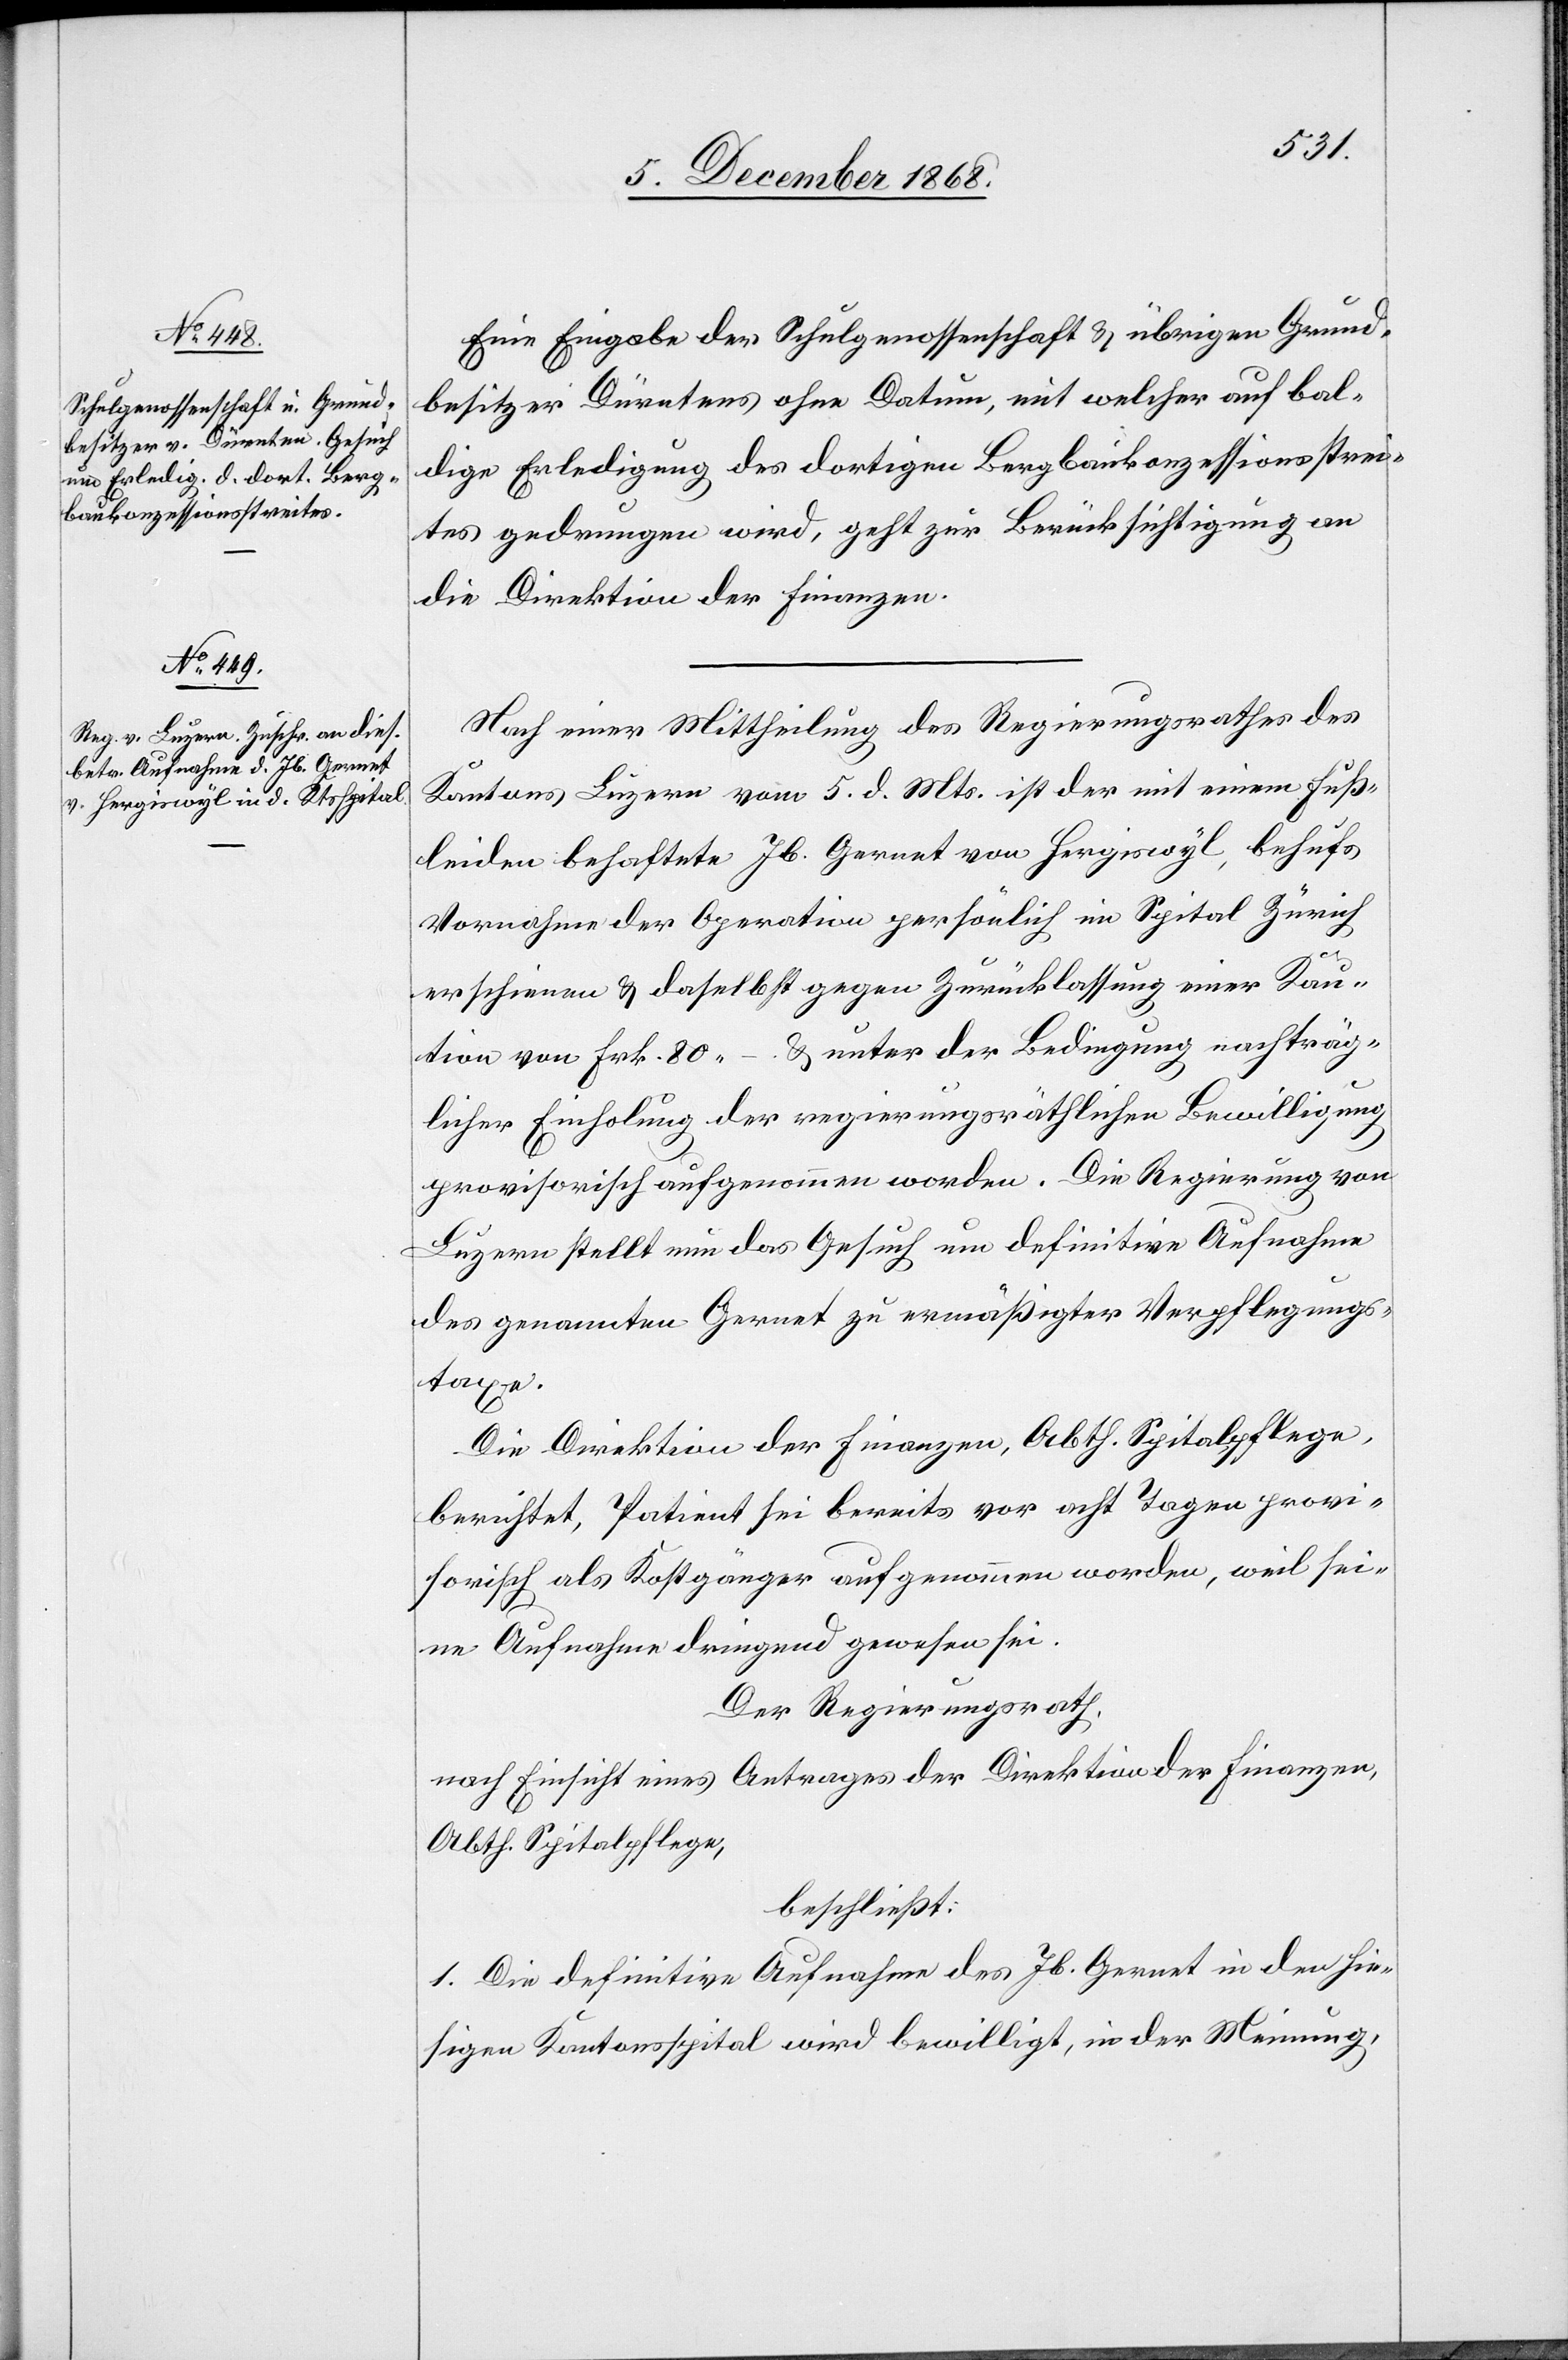
12. December 1868.]
Eine Eingabe der Schulgenossenschaft & übrigen Grund¬
besitzer Dürntens ohne Datum, mit welcher auf bal¬
dige Erledigung des dortigen Bergbaukonzessionsstrei¬
tes gedrungen wird, geht zur Berücksichtigung an
die Direktion der Finanzen.
Nach einer Mittheilung des Regierungsrathes des
Kantons Luzern vom 5. d. Mts. ist der mit einem Fuß¬
leiden behaftete Jb. Gernet von Hergiswyl, behufs
Vornahme der Operation persönlich im Spital Zürich
erschienen & daselbst gegen Zurücklassung einer Kau¬
tion von Frk. 80.– & unter der Bedingung nachträg¬
licher Einholung der regierungsräthlichen Bewilligung
provisorisch aufgenommen worden. Die Regierung von
Luzern stellt nun das Gesuch um definitive Aufnahme
des genannten Gernet zu ermäßigter Verpflegungs¬
taxe.
Die Direktion der Finanzen, Abth. Spitalpflege,
berichtet, Patient sei bereits vor acht Tagen provi¬
sorisch als Kostgänger aufgenommen worden, weil sei¬
ne Aufnahme dringend gewesen sei.
Der Regierungsrath,
nach Einsicht eines Antrages der Direktion der Finanzen,
Abth. Spitalpflege,
beschließt:
1. Die definitive Aufnahme des Jb. Gernet in den hie¬
sigen Kantonsspital wird bewilligt, in der Meinung,